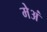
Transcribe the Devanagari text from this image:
मेअं